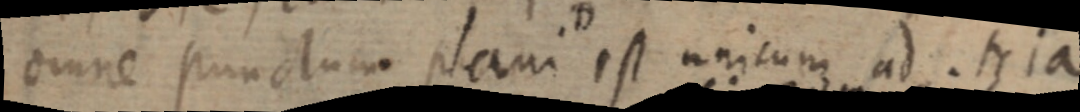
omne punctum plani est unicum ad. tria